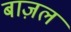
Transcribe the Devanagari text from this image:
बाज़ल